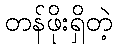
တန်ဖိုးရှိတဲ့